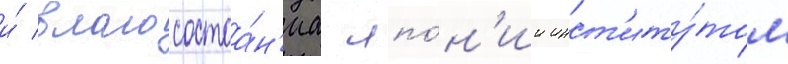
и́ благосостоа́н'иа япо́н'ии инст'иту́том